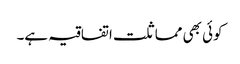
کوئی بھی مماثلت اتفاقیہ ہے۔